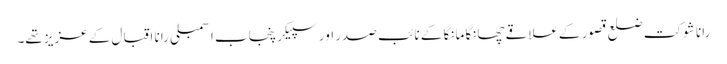
رانا شوکت ضلع قصور کےعلاقے چھانگا مانگا کے نائب صدر اور سپیکر پنجاب اسمبلی رانا اقبال کے عزیز تھے۔